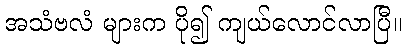
အသံဗလံ များက ပို၍ ကျယ်လောင်လာပြီ။